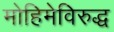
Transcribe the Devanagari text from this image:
मोहिमेविरुद्ध